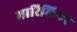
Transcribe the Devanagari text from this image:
मारिलियर